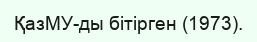
ҚазМУ-ды бітірген (1973).